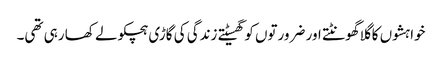
خواہشوں کا گلا گھونٹتے اور ضرورتوں کو گھسیٹتے زندگی کی گاڑی ہچکولے کھا رہی تھی۔